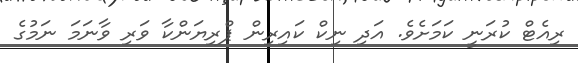
ރިއެޓް ކުރަނީ ކަމަށެވެ. އަދި ނިކް ކައިރިން ޕްރިޔަންކާ ވަރި ވާނަމަ ނަމުގެ